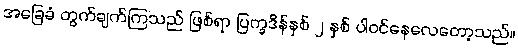
အခြေခံ တွက်ချက်ကြသည် ဖြစ်ရာ ပြက္ခဒိန်နှစ် ၂ နှစ် ပါဝင်နေလေတော့သည်။